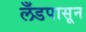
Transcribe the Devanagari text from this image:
लँडपासून